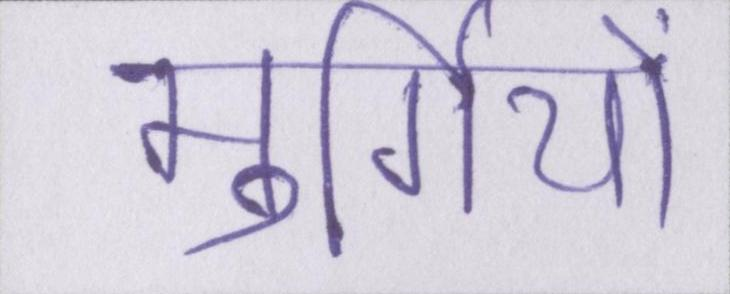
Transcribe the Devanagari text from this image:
मुर्गियों